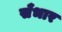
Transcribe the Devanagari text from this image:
सँभार